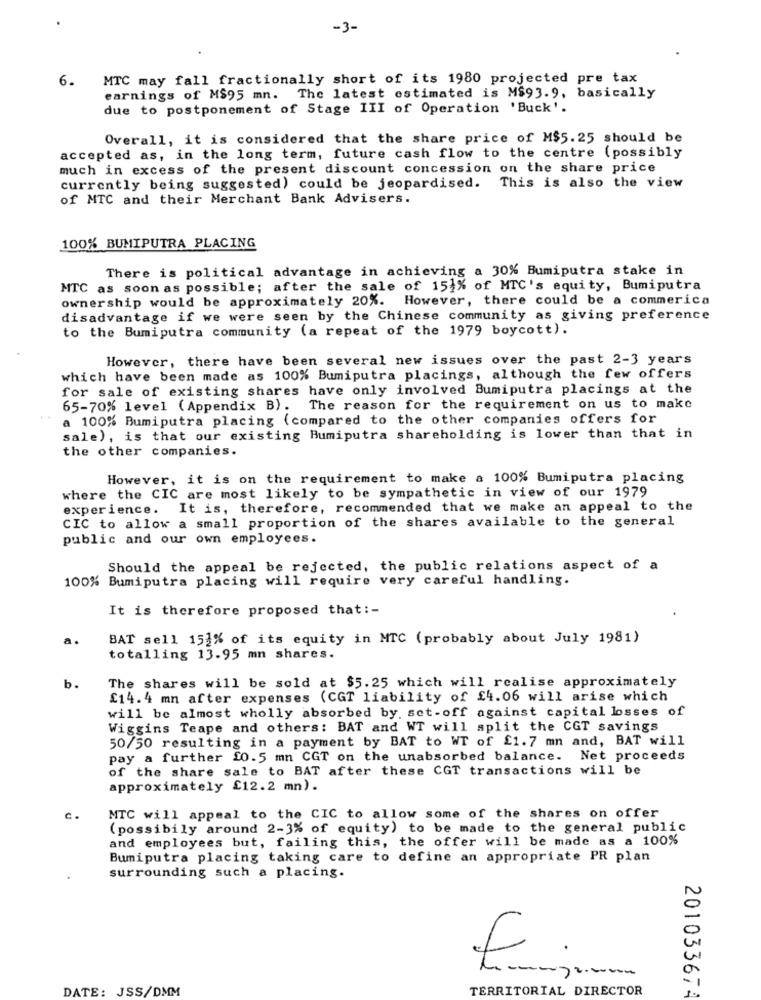
-3-
6.
MTC may fall fractionally short of its 1980 projected pre tax
earnings of M$95 mn. The latest estimated is M$93.9, basically
due to postponement of Stage III of Operation 'Buck'.
Overall, it is considered that the share price of M$5.25 should be
accepted as, in the long term, future cash flow to the centre (possibly
much in excess of the present discount concession on the share price
currently being suggested) could be jeopardised. This is also the view
of MTC and their Merchant Bank Advisers.
100% BUMIPUTRA PLACING
There is political advantage in achieving a 30% Bumiputra stake in
MTC as soon as possible; after the sale of 153% of MTC's equity, Bumiputra
ownership would be approximately 20%. However, there could be a commerica
disadvantage if we were seen by the Chinese community as giving preference
to the Bumiputra community (a repeat of the 1979 boycott).
However, there have been several new issues over the past 2-3 years
which have been made as 100% Bumiputra placings, although the few offers
for sale of existing shares have only involved Bumiputra placings at the
65-70% level (Appendix B). The reason for the requirement on us to make
a 100% Bumiputra placing (compared to the other companies offers for
sale), is that our existing Bumiputra shareholding is lower than that in
the other companies.
However, it is on the requirement to make a 100% Bumiputra placing
where the CIC are most likely to be sympathetic in view of our 1979
experience. It is, therefore, recommended that we make an appeal to the
CIC to allow a small proportion of the shares available to the general
public and our own employees.
Should the appeal be rejected, the public relations aspect of a
100% Bumiputra placing will require very careful handling.
It is therefore proposed that :-
BAT sell 151% of its equity in MTC (probably about July 1981)
totalling 13.95 mn shares.
The shares will be sold at $5.25 which will realise approximately
b.
£14.4 mn after expenses (CGT liability of £4.06 will arise which
will be almost wholly absorbed by set-off against capital losses of
Wiggins Teape and others: BAT and WT will split the CGT savings
50/50 resulting in a payment by BAT to WT of £1.7 mn and, BAT will
pay a further £0.5 mn CGT on the unabsorbed balance. Net proceeds
of the share sale to BAT after these CGT transactions will be
approximately £12.2 mn).
C.
MTC will appeal to the CIC to allow some of the shares on offer
(possibily around 2-3% of equity) to be made to the general public
and employees but, failing this, the offer will be made as a 100%
Bumiputra placing taking care to define an appropriate PR plan
surrounding such a placing.
--- 32.www.
DATE: JSS/DMM
TERRITORIAL DIRECTOR
201033674